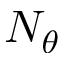
N _ { \theta }